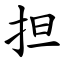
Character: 担